Dysentery in Hazaribagh Central Jail - Number 52
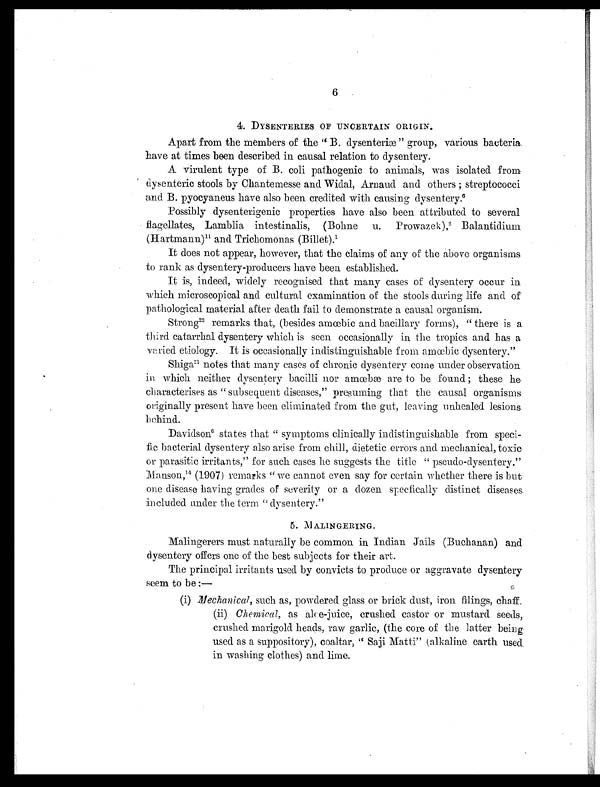
6
4. DYSENTERIES OF UNCERTAIN ORIGIN.
Apart from the members of the " B. dysenteriæ " group, various bacteria
have at times been described in causal relation to dysentery.
A virulent type of B. coli pathogenic to animals, was isolated from
dysenteric stools by Chantemesse and Widal, Arnaud and others ; streptococci
and. B. pyocyaneus have also been credited with causing dysentery. 6
Possibly dysenterigenic properties have also been attributed to several
flagellates, Lamblia intestinalis, (Bohne u. Prowazek). 2 B a l a n t i d i u m
(Hartmann)11 and Trichomonas (Billet). 1
It does not appear, however, that the claims of any of the above organisms
to rank as dysentery-producers have been established.
It is, indeed, widely recognised that many cases of dysentery occur in
which microscopical and cultural examination of the stools during life and of
pathological material after death fail to demonstrate a causal organism.
Strong2 2
r e m a r k s t h a t , ( b e s i d e s a m œ b i c a n d b a c i l l a r y f o r m s ) , " t h e r e i s a
third catarrhal dysentery which is seen occasionally in the tropics and has a
varied etiology. It is occasionally indistinguishable from amœbic dysentery."
Shiga2 1
n o t e s t h a t m a n y c a s e s o f c h r o n i c d y s e n t e r y c o m e u n d e r o b s e r v a t i o n
in which neither dysentery bacilli nor amœbæ are to be found ; these he
characterises as " subsequent diseases," presuming that the causal organisms
originally present have been eliminated from the gut, leaving unhealed lesions.
behind.
Davidson6 states that " symptoms clinically indistinguishable from speci-
fic bacterial dysentery also arise from chill, dietetic errors and mechanical, toxic
or parasitic irritants," for such cases he suggests the title " pseudo-dysentery."
Manson,1 4
( 1 9 0 7 ) r e m a r k s " w e c a n n o t e v e n s a y f o r c e r t a i n w h e t h e r t h e r e i s b u t
one disease having grades of severity or a dozen specfically distinct diseases.
included under the term " dysentery."
5. MALINGERING .
Malingerers must naturally be common in Indian Jails (Buchanan) and
dysentery offers one of the best subjects for their art.
The principal irritants used by convicts to produce or aggravate dysentery
seem to be :—
(i) Mechanical, such as, powdered glass or brick dust, iron filings, chaff.
(ii) Chemical, as aloe-juice, crushed castor or mustard seeds,
crushed marigold heads, raw garlic, (the core of the latter being
used as a suppository), coaltar, " Saji Matti" (alkaline earth used
in washing clothes) and lime.